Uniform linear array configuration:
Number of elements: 64
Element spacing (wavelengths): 1
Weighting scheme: uniform
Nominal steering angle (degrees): -45
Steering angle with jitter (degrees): -45.467
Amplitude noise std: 0.05
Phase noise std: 0.05

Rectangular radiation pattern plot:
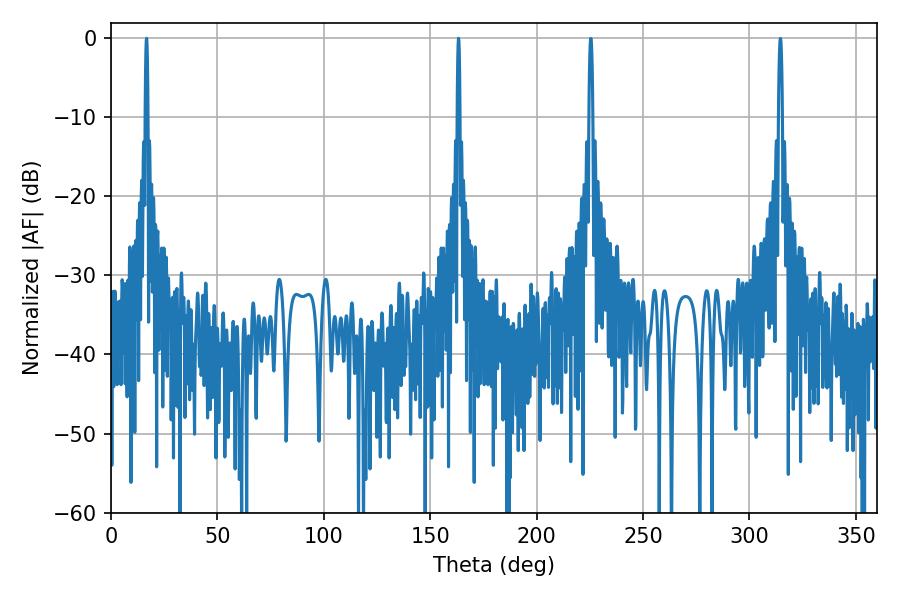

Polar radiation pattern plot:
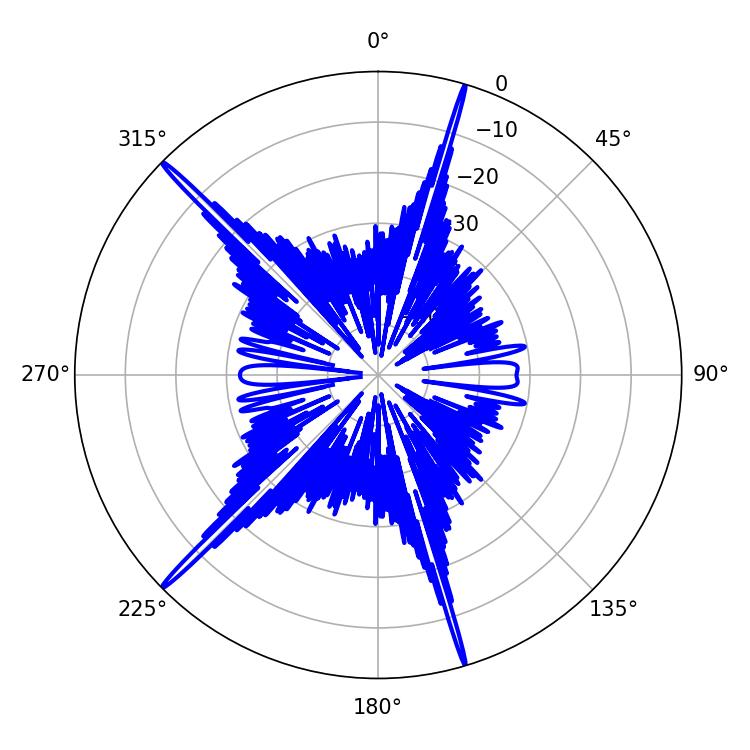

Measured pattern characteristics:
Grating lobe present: TRUE
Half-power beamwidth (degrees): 0.72
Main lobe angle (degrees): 16.74